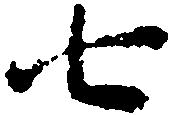
七